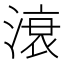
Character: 滖